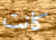
كانت